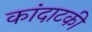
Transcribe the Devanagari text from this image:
कांदाटकी